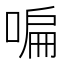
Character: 𠷨